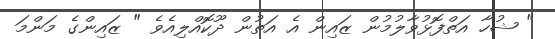
" ޝުހާ އަތްފޮޅުވާލުމުން ޒައިން އެ އަތުން ދޫކޮއްލިއެވެ " ޒައިންގެ މަންމަ